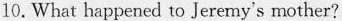
10.What happened to Jeremy's mother?